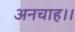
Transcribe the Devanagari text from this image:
अनचाह।।